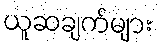
ယူဆချက်များ